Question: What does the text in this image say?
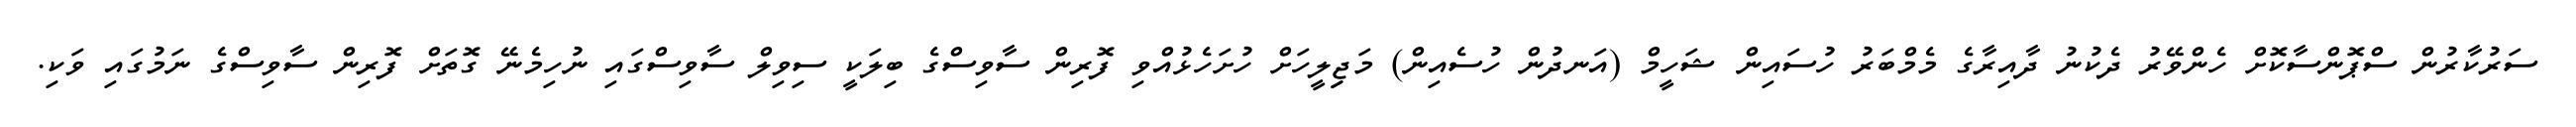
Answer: ސަރުކާރުން ސްޕޮންސާކޮށް ހެންވޭރު ދެކުނު ދާއިރާގެ މެމްބަރު ހުސައިން ޝަހީމް (އަނދުން ހުސެއިން) މަޖިިލީހަށް ހުށަހެޅުއްވި ފޮރިން ސާވިސްގެ ބިލަކީ ސިވިލް ސާވިސްގައި ނުހިމެނޭ ގޮތަށް ފޮރިން ސާވިސްގެ ނަމުގައި ވަކި.